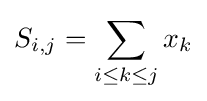
S_{i,j}=\sum _{i\leq k\leq j}x_{k}